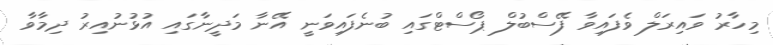
މިހާރު ވައިރަލް ވެފައިވާ ފޭސްބުލް ޕޯސްޓްގައި ބުނެފައިވަނީ އޭނާ މަދީނާގައި އުޅުނުއިރު ދިމާވާ